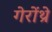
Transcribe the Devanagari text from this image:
गेरोंथ्रे